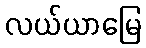
လယ်ယာမြေ